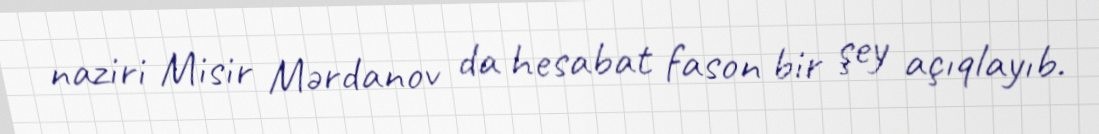
naziri Misir Mərdanov da hesabat fason bir şey açıqlayıb.